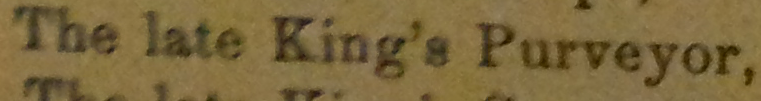
The late King's Purveyor.